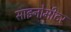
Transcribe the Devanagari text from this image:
साइनोमीटर